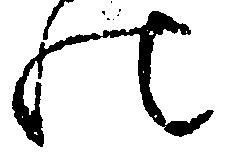
の